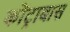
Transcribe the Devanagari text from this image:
कोंट्राबास